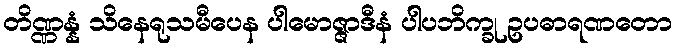
တိဏ္ဏန္နံ သိနေရုသမီပေန ပါမောဇ္ဇာဒီနံ ပါပဘိက္ခု ဥပဓာရဏတော